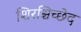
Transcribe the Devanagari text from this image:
शिरश्चिच्छेद